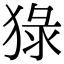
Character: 𤟘